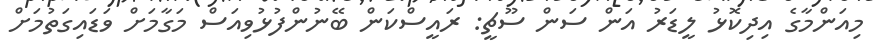
މިއަންމާގެ އިދިކޮޅު ލީޑަރު އަން ސަން ސޫޗީ: ރައީސްކަން ބޭނުންފުޅުވިއަސް މަގާމަށް ވަޑައިގަތުމަށް